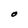
Character: O